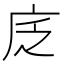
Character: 𢇫